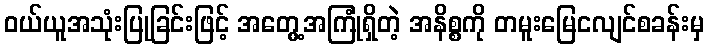
ဝယ်ယူအသုံးပြုခြင်းဖြင့် အတွေ့အကြုံရှိတဲ့ အနိစ္စကို တမူးမြေငလျင်စခန်းမှ